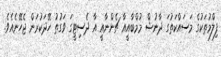
ފިލްމުތަކުގެ މަސައްކަތުގަ ދާނުޝް މުމްބާއީއާ ޗެންނާއީ އާ ދެސިޓީގަ ވަގުތު ހޭދަކުރަން ޖެހޭނެއެވެ.